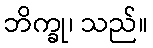
ဘိက္ခု၊ သည်။